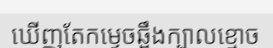
ឃើញតែកម្ទេចឆ្អឹងក្បាលខ្មោច